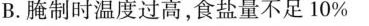
B.腌制时温度过高，食盐量不足10%